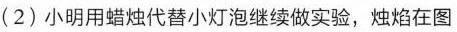
(2)小明用蜡烛代替小灯泡继续做实验，烛焰在图